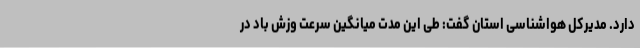
دارد. مدیرکل هواشناسی استان گفت: طی این مدت میانگین سرعت وزش باد در